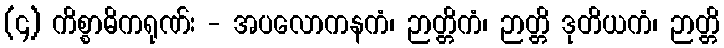
(၄) ကိစ္စာဓိကရုဏ်း - အပလောကနကံ၊ ဉာတ္တိကံ၊ ဉာတ္တိ ဒုတိယကံ၊ ဉာတ္တိ